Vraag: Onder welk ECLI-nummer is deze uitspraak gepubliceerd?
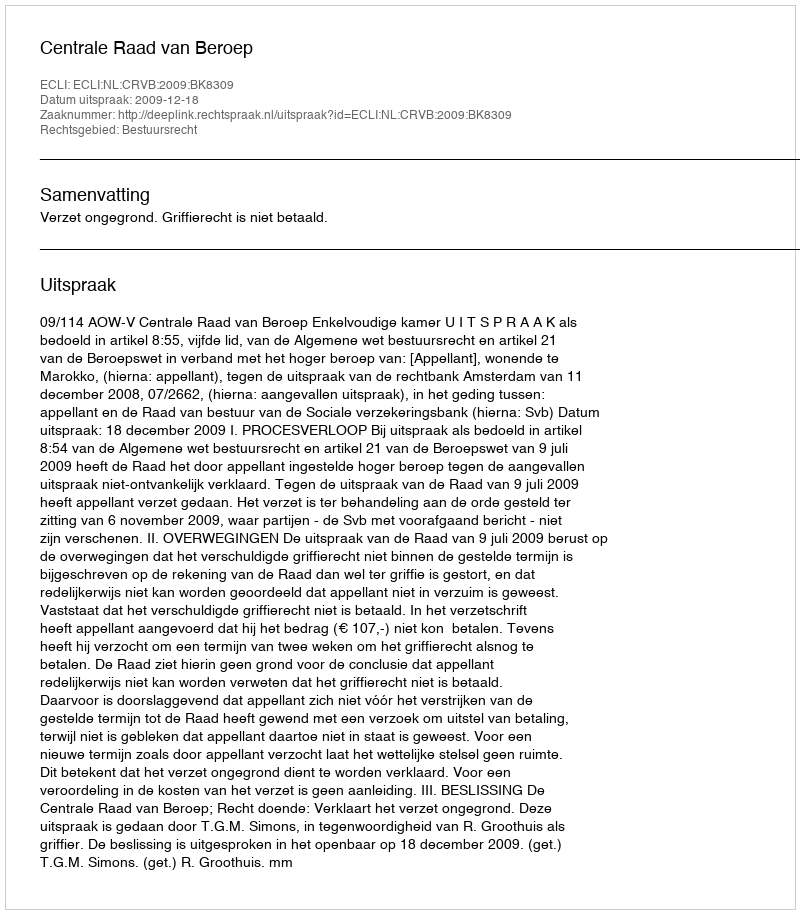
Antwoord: ECLI:NL:CRVB:2009:BK8309